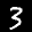
Label: 3